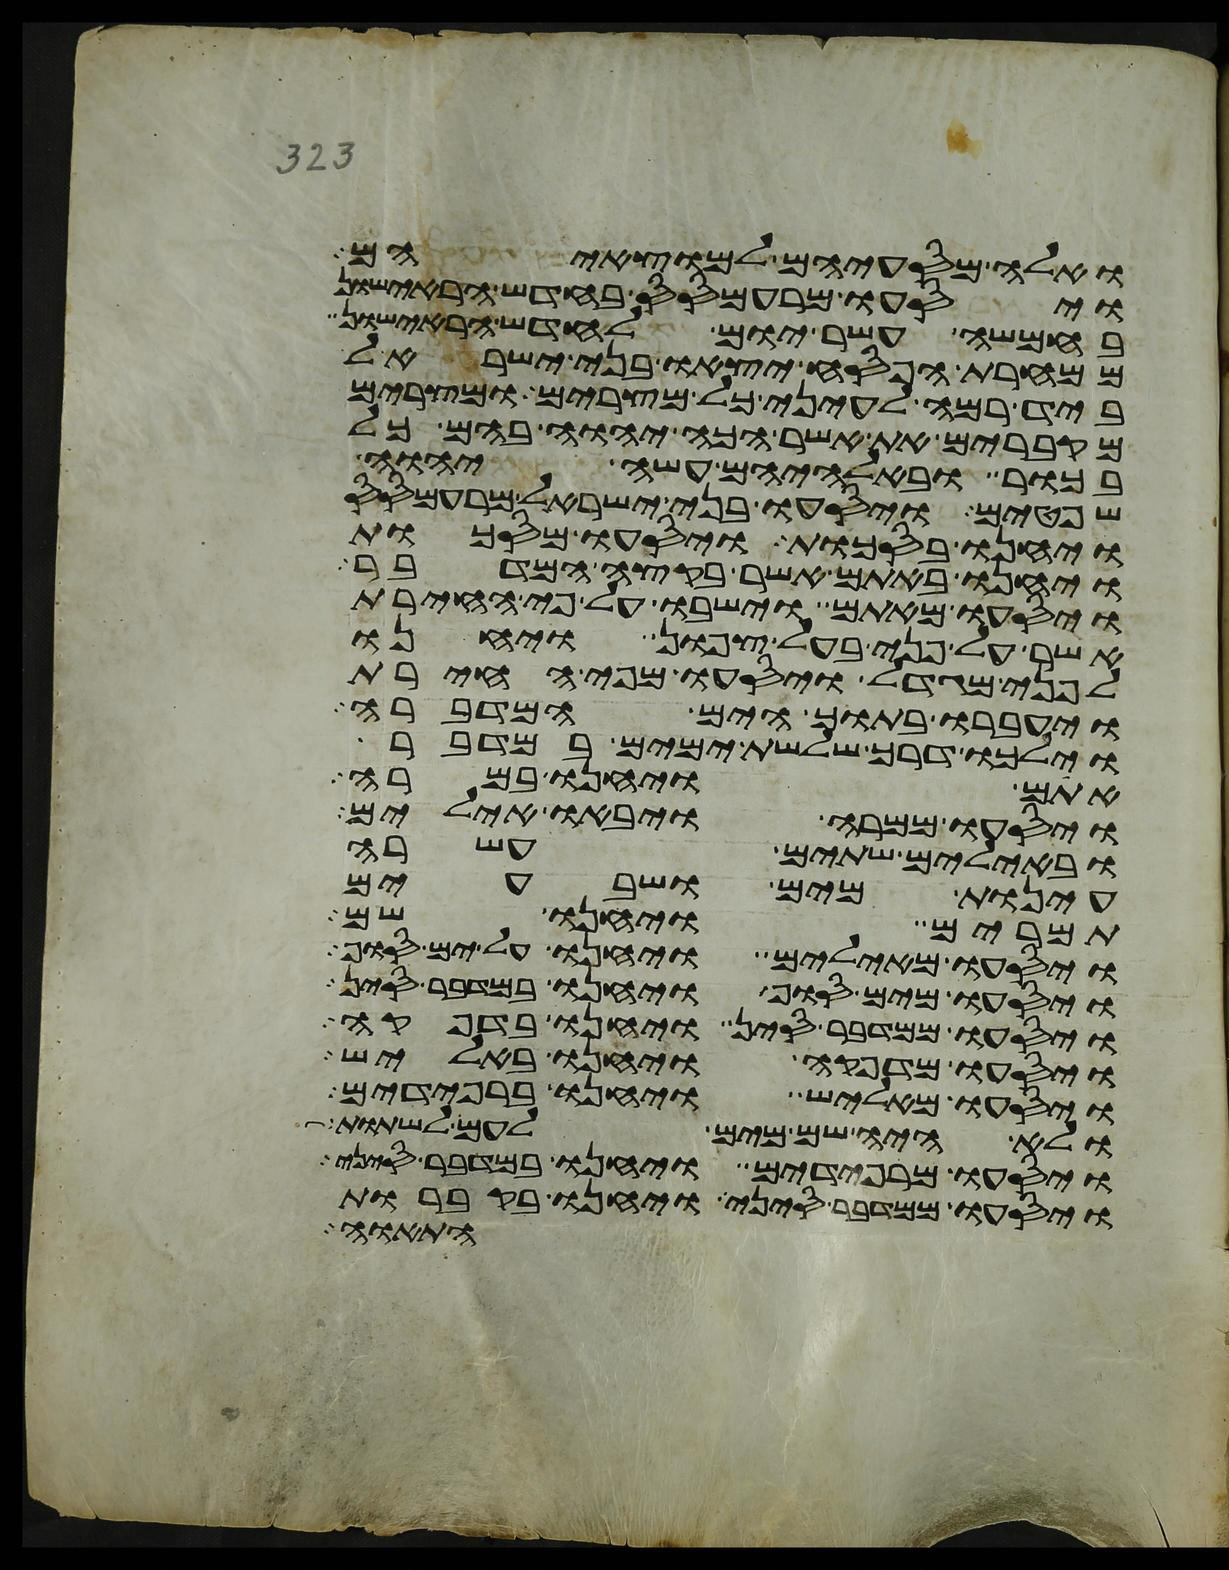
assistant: ואלה מסעיהם למוצאיהם
ויסעו מרעמסס בחדש הראישון
בחמשה עשר יום לחדש הראישון
ממחרת הפסח יצאו בני ישראל
ביד רמה לעיני כל מצרים ומצרים
מקברים את אשר הכה יהוה בהם כל
בכור ובאלהיהם עשה יהוה
שפטים ויסעו בני ישראל מרעמסס
ויחנו בסכות ויסעו מסכות
ויחנו באתם אשר בקצה המדבר
ויסעו מאתם וישבו על פי החירת
אשר לפני בעל צפון ויחנו
לפני מגדול ויסעו מפי החירת
ויעברו בתוך הים המדברה
וילכו דרך שלשת ימים במדבר
אתם ויחנו במרה
ויסעו ממרה ויבאו אילים
ובאילים שתים עשרה
עינות מים ושבעים
תמרים ויחנו שם
ויסעו מאילים ויחנו על ים סוף
ויסעו מים סוף ויחנו במדבר סין
ויסעו ממדבר סין ויחנו בדפקה
ויסעו מדפקה ויחנו באליש
ויסעו מאליש ויחנו ברפידים
ולא היה שם מים לעם לשתות
ויסעו מרפידים ויחנו במדבר סיני
ויסעו ממדבר סיני ויחנו בקברות
התאוה